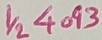
Text: 1/24093